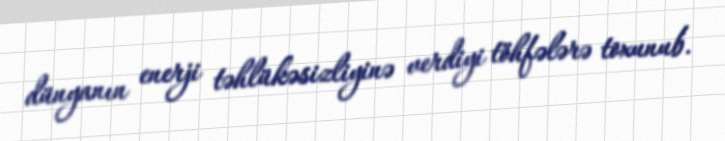
dünyanın enerji təhlükəsizliyinə verdiyi töhfələrə toxunub.